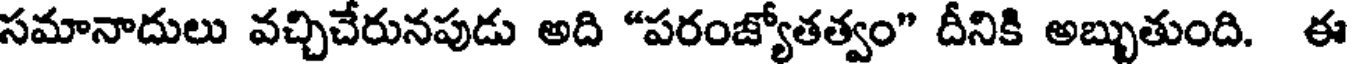
సమానాదులు వచ్చిచేరునపుడు అది "పరంజ్యోతత్వం" దీనికి అబ్బుతుంది. ఈ